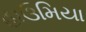
હાઉમિયા